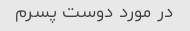
در مورد دوست پسرم